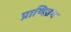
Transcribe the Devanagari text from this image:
प्राणिग्रंथ